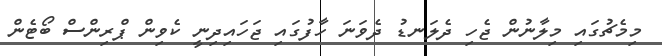
މިމެޗުގައި މިލާނުން ޖެހި ދެލަނޑު ދެވަނަ ހާފުގައި ޖަހައިދިނީ ކެވިން ޕްރިންސް ބޯޓެން